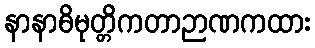
နာနာဓိမုတ္တိကတာဉာဏကထား